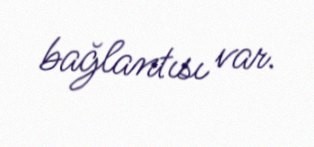
bağlantısı var.